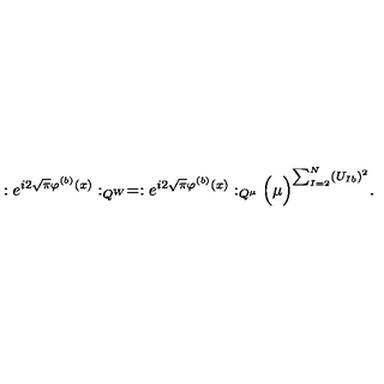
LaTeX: : e ^ { i 2 \sqrt { \pi } \varphi ^ { ( b ) } ( x ) } : _ { Q ^ { W } } = : e ^ { i 2 \sqrt { \pi } \varphi ^ { ( b ) } ( x ) } : _ { Q ^ { \mu } } \Big ( \mu \Big ) ^ { \sum _ { I = 2 } ^ { N } ( U _ { I b } ) ^ { 2 } } .